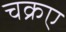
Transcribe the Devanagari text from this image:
चक्रए